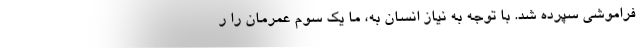
فراموشی سپرده شد. با توجه به نیاز انسان به، ما یک سوم عمرمان را ر